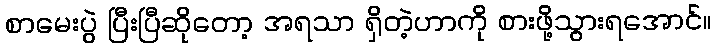
စာမေးပွဲ ပြီးပြီဆိုတော့ အရသာ ရှိတဲ့ဟာကို စားဖို့သွားရအောင်။